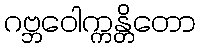
ဂဗ္ဘဝေါက္ကန္တိတော